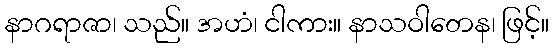
နာဂရာဇာ၊ သည်။ အဟံ၊ ငါကား။ နာသဝါတေန၊ ဖြင့်။